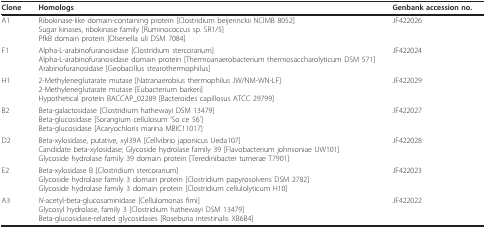
<table><thead><tr><td><b>Clone</b></td><td><b>Homologs</b></td><td><b>Genbank accession no.</b></td></tr></thead><tbody><tr><td>A1</td><td>Ribokinase-like domain-containing protein [Clostridium beijerinckii NCIMB 8052]Sugar kinases, ribokinase family [Ruminococcus sp. SR1/5]PfkB domain protein [Olsenella uli DSM 7084]</td><td>JF422026</td></tr><tr><td>F1</td><td>Alpha-L-arabinofuranosidase [Clostridium stercorarium]Alpha-L-arabinofuranosidase domain protein [Thermoanaerobacterium thermosaccharolyticum DSM 571]Arabinofuranosidase [Geobacillus stearothermophilus]</td><td>JF422024</td></tr><tr><td>H1</td><td>2-Methyleneglutarate mutase [Natranaerobius thermophilus JW/NM-WN-LF]2-Methyleneglutarate mutase [Eubacterium barkeri]Hypothetical protein BACCAP_02289 [Bacteroides capillosus ATCC 29799]</td><td>JF422029</td></tr><tr><td>B2</td><td>Beta-galactosidase [Clostridium hathewayi DSM 13479]Beta-glucosidase [Sorangium cellulosum &#x27;So ce 56&#x27;]Beta-glucosidase [Acaryochloris marina MBIC11017]</td><td>JF422027</td></tr><tr><td>D2</td><td>Beta-xylosidase, putative, xyl39A [Cellvibrio japonicus Ueda107]Candidate beta-xylosidase; Glycoside hydrolase family 39 [Flavobacterium johnsoniae UW101]Glycoside hydrolase family 39 domain protein [Teredinibacter turnerae T7901]</td><td>JF422028</td></tr><tr><td>E2</td><td>Beta-xylosidase B [Clostridium stercorarium]Glycoside hydrolase family 3 domain protein [Clostridium papyrosolvens DSM 2782]Glycoside hydrolase family 3 domain protein [Clostridium cellulolyticum H10]</td><td>JF422023</td></tr><tr><td>A3</td><td><i>N</i>-acetyl-beta-glucosaminidase [Cellulomonas fimi]Glycosyl hydrolase, family 3 [Clostridium hathewayi DSM 13479]Beta-glucosidase-related glycosidases [Roseburia intestinalis XB6B4]</td><td>JF422022</td></tr></tbody></table>